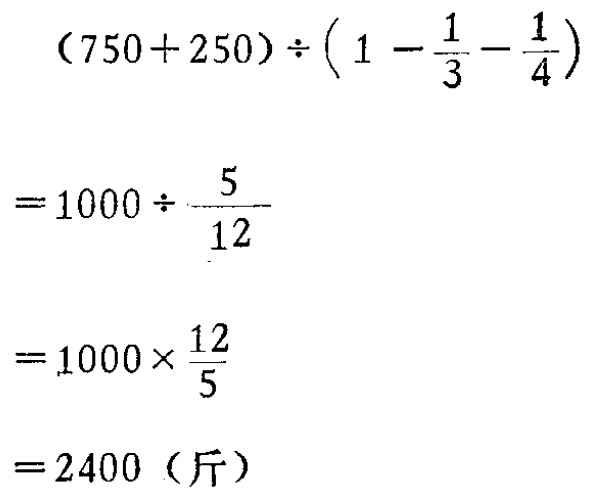
\[

\begin{align*}

&(750 + 250)\div\left(1-\frac{1}{3}-\frac{1}{4}\right)\\

=&1000\div\frac{5}{12}\\

=&1000\times\frac{12}{5}\\

=&2400（\text{斤}）

\end{align*}

\]